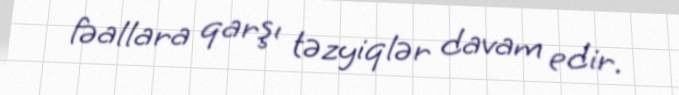
fəallara qarşı təzyiqlər davam edir.